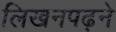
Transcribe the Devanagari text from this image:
लिखनपढ़ने